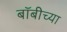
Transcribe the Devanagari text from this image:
बॉबीच्या